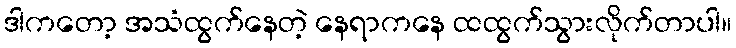
ဒါကတော့ အသံထွက်နေတဲ့ နေရာကနေ ထထွက်သွားလိုက်တာပါ။